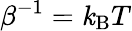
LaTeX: \beta^{-1}=\mathit{k}_{\mathrm{{{B}}}}T